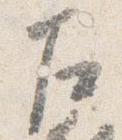
左